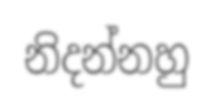
නිදන්නහු